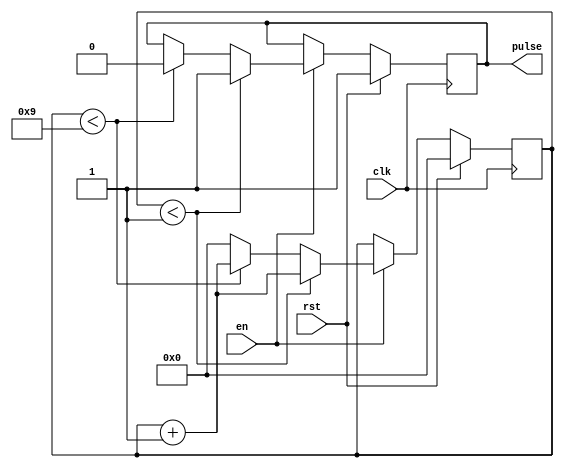
//============================================================================//
//                                                                            //
//      Parameterize Counter                                                  //
//                                                                            //
//      Module name: counter                                                  //
//      Desc: parameterized counter, counts up/down in any increment          //
//      Developer: Rurik Primiani & Wesley New                                //
//      Licence: GNU General Public License ver 3                             //
//      Notes:                                                                //
//                                                                            //
//============================================================================//

module pulse #(
      //==============================
      // Top level block parameters
      //==============================
      parameter PULSE_FREQ  = 10, // Number of cycles between pulses
      parameter PULSE_WIDTH = 1   // Number of cycles each pulse lasts
   ) (
      //==============
      // Input Ports
      //==============
      input clk,
      input en,
      input rst,
      
      //===============
      // Output Ports
      //===============
      output pulse
   );

   reg pulse_state;

   localparam PULSE_LOW  = 0;
   localparam PULSE_HIGH = 1; 

   reg [31:0] count;

   assign pulse = pulse_state;

   // Synchronous logic
   always @(posedge clk) begin
      // if ACTIVE_LOW_RST is defined then reset on a low
      // this should be defined on a system-wide basis
      if ((`ifdef ACTIVE_LOW_RST rst `else !rst `endif)) begin
         if (en) begin
            count <= count + 1'b1;
            if (count < PULSE_WIDTH)
               pulse_state <= PULSE_HIGH;
            else if (count < PULSE_FREQ-1)
               pulse_state <= PULSE_LOW;
            else
               count <= 1'b0;
         end
      end else begin
         pulse_state = PULSE_HIGH;
         count = 0;
      end
   end
endmodule